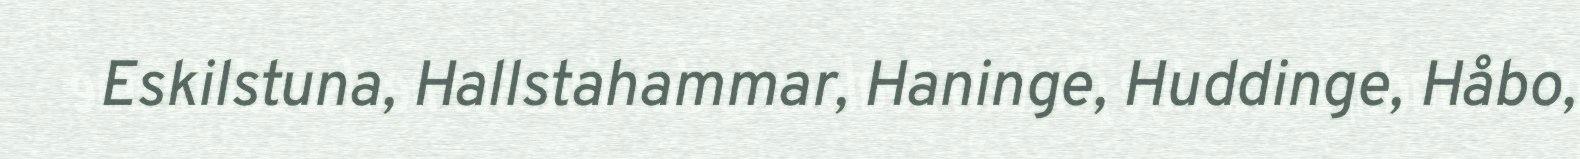
Eskilstuna, Hallstahammar, Haninge, Huddinge, Håbo,